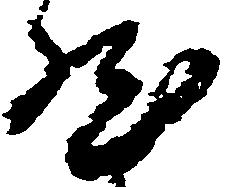
然